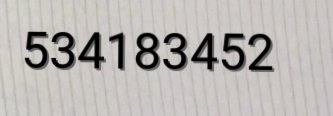
534183452